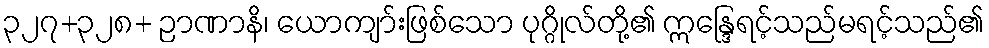
၃၂၇+၃၂၈+ ဉာဏာနိ၊ ယောကျာ်းဖြစ်သော ပုဂ္ဂိုလ်တို့၏ ဣန္ဒြေရင့်သည်မရင့်သည်၏